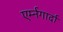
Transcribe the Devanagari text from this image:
एर्म्नगार्दा